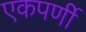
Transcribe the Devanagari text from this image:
एकपर्णी